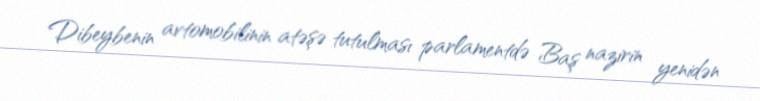
Dibeybenin avtomobilinin atəşə tutulması parlamentdə Baş nazirin yenidən